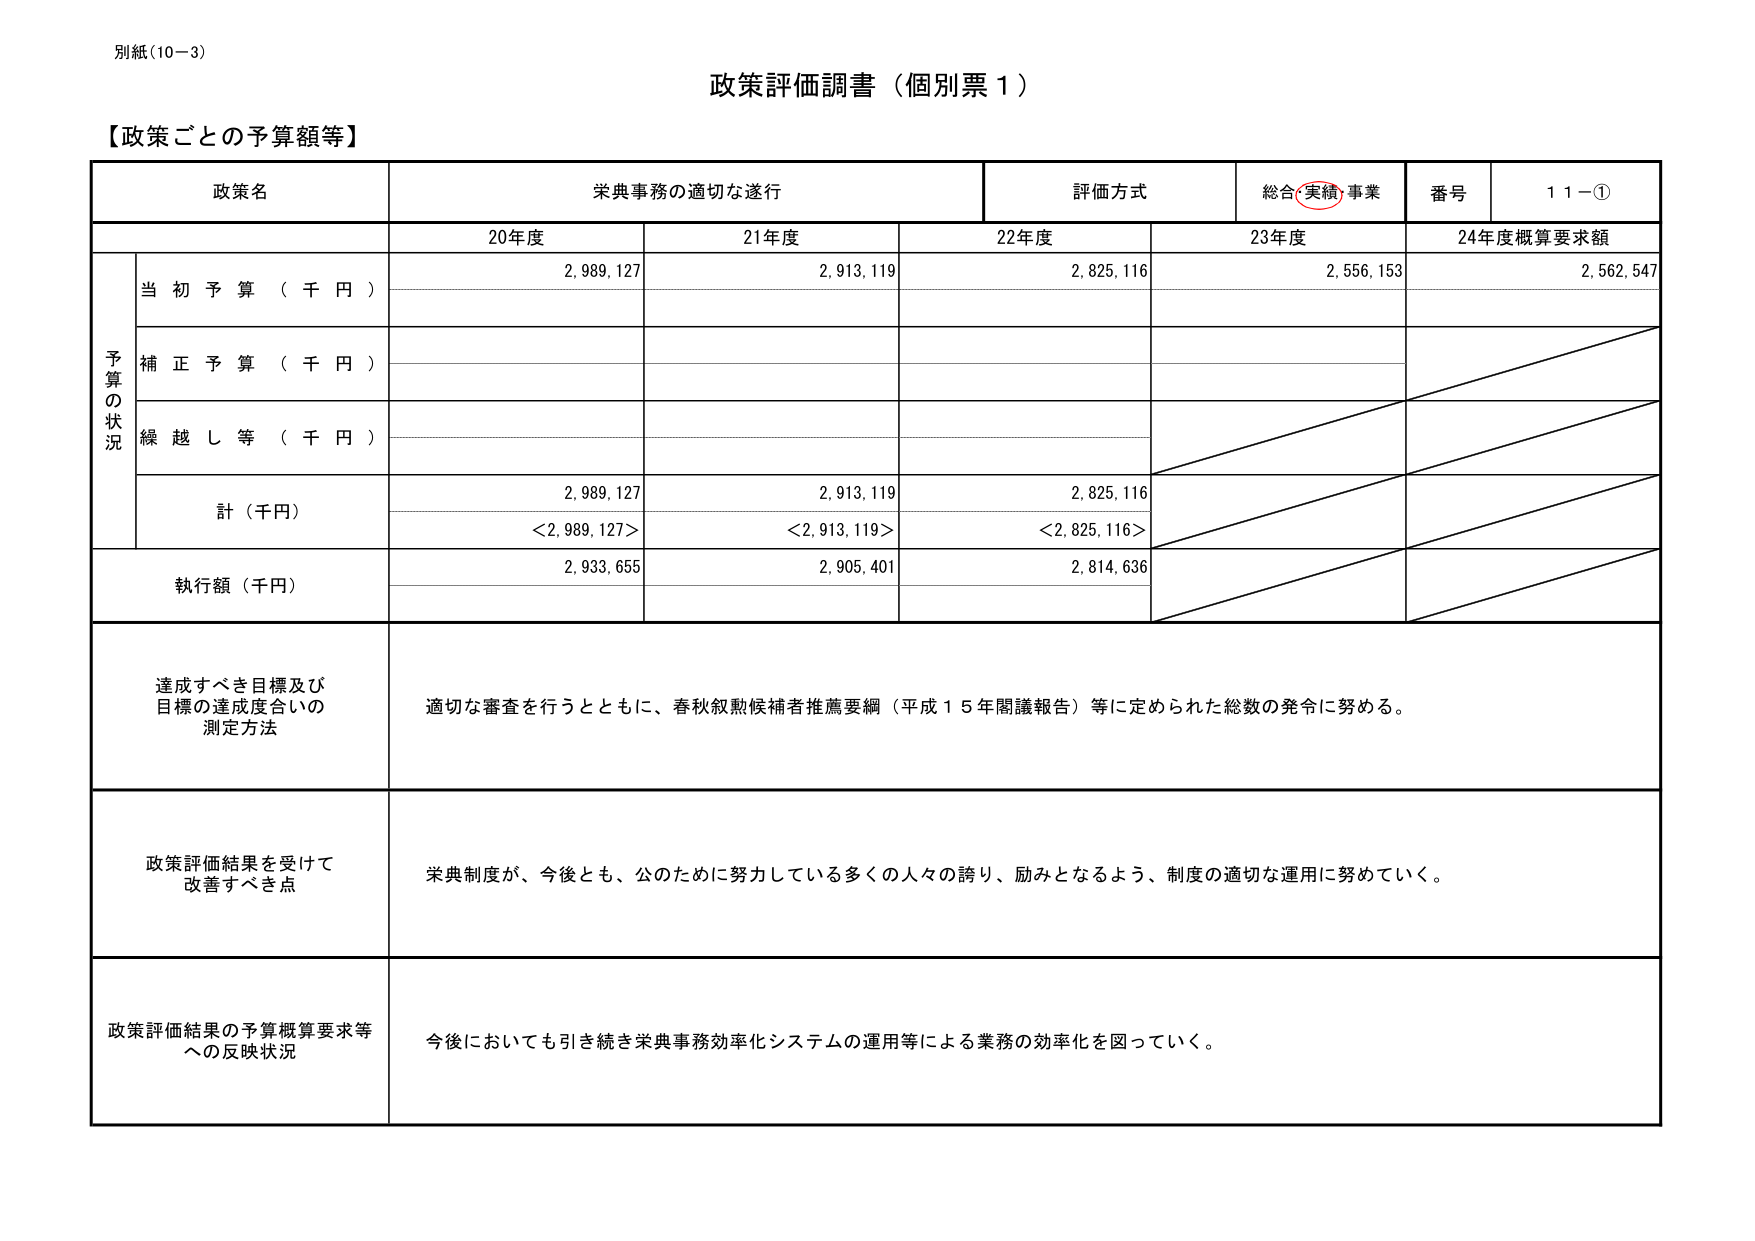
別紙(10-3)

政策評価調書（個別票１）

【政策ごとの予算額等】

政策名